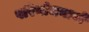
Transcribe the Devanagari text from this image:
परियोजनावों